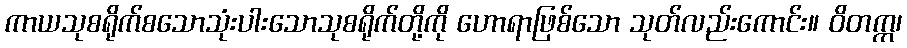
ကာယသုစရိုက်စသောသုံးပါးသောသုစရိုက်တို့ကို ဟောရာဖြစ်သော သုတ်လည်းကောင်း။ ဝိတက္က၊